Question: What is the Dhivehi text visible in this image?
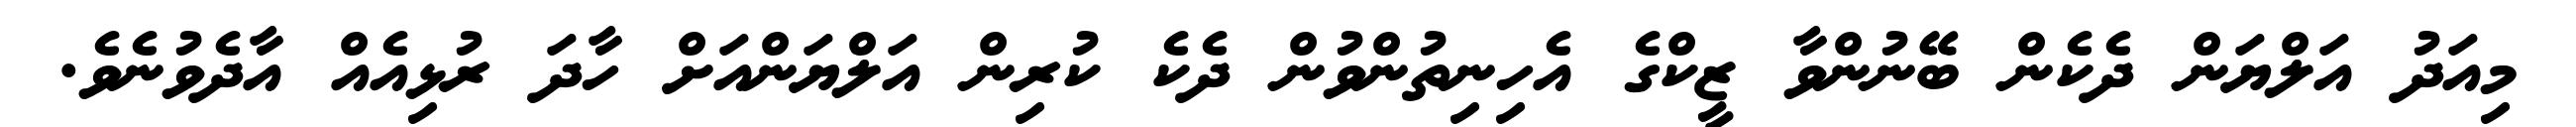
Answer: މިއަދު އަލްޔަން ދެކެން ބޭނުންވާ ޒީކްގެ އެހިނިތުންވުން ދެކެ ކުރިން އަލްޔަންއަށް ހާދަ ރުޅިއެއް އާދެވުނެވެ.